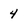
Character: 4